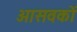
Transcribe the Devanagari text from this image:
आसवकों